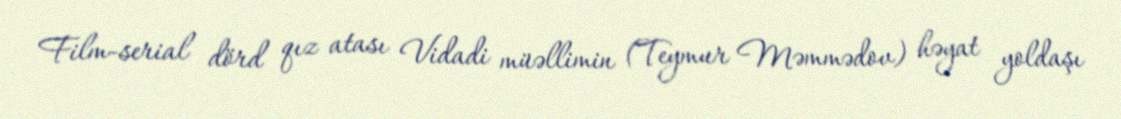
Film-serial dörd qız atası Vidadi müəllimin (Teymur Məmmədov) həyat yoldaşı